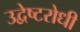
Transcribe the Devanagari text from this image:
उद्वेष्टरोधी